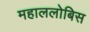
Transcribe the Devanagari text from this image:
महाललोबिस